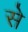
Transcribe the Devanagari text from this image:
से